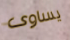
يساوى